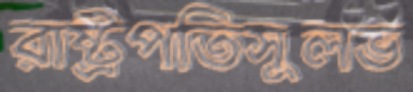
রাষ্ট্রপতিসুলভ